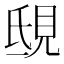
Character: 𧠟